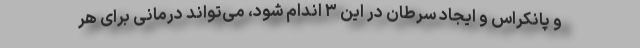
و پانکراس و ایجاد سرطان در این ۳ اندام شود، می‌تواند درمانی برای هر